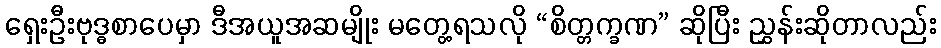
ရှေးဦးဗုဒ္ဓစာပေမှာ ဒီအယူအဆမျိုး မတွေ့ရသလို “စိတ္တက္ခဏ” ဆိုပြီး ညွှန်းဆိုတာလည်း